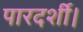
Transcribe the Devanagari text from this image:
पारदर्शी।